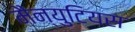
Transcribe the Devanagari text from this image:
मैन्युटियस